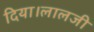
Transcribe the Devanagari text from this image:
दिया।लालजी